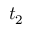
t _ { 2 }